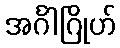
အင်္ဂါဂြိုဟ်